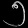
Digit: ၅